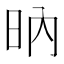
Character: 𣅚